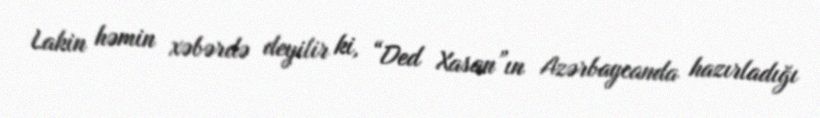
Lakin həmin xəbərdə deyilir ki, “Ded Xasan”ın Azərbaycanda hazırladığı